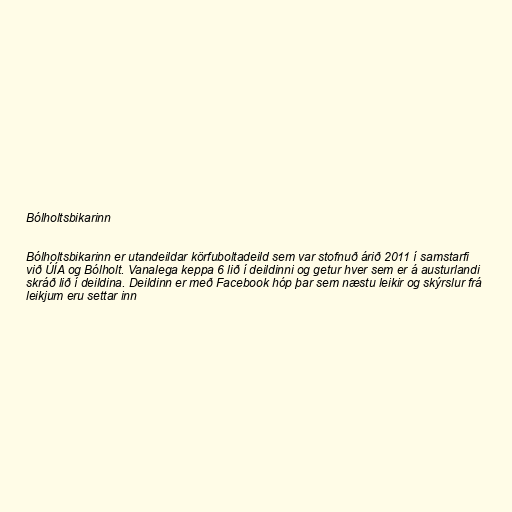
Bólholtsbikarinn

Bólholtsbikarinn er utandeildar körfuboltadeild sem var stofnuð árið 2011 í samstarfi
við ÚÍA og Bólholt. Vanalega keppa 6 lið í deildinni og getur hver sem er á austurlandi
skráð lið í deildina. Deildinn er með Facebook hóp þar sem næstu leikir og skýrslur frá
leikjum eru settar inn